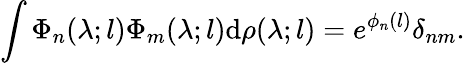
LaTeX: \int\Phi_{n}(\lambda;l)\Phi_{m}(\lambda;l)\mathrm{d}\rho(\lambda;l)=e^{\phi_{n}(l)}\delta_{nm}.